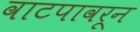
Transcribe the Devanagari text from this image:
वाटपावरून